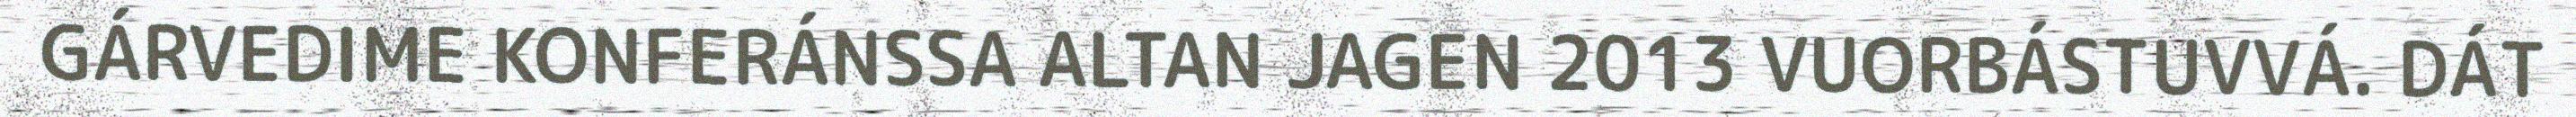
GÁRVEDIME KONFERÁNSSA ALTAN JAGEN 2013 VUORBÁSTUVVÁ. DÁT